Civil Veterinary Dept. Bombay admin report 1907-1913 - 1907-1913
Year: 1907
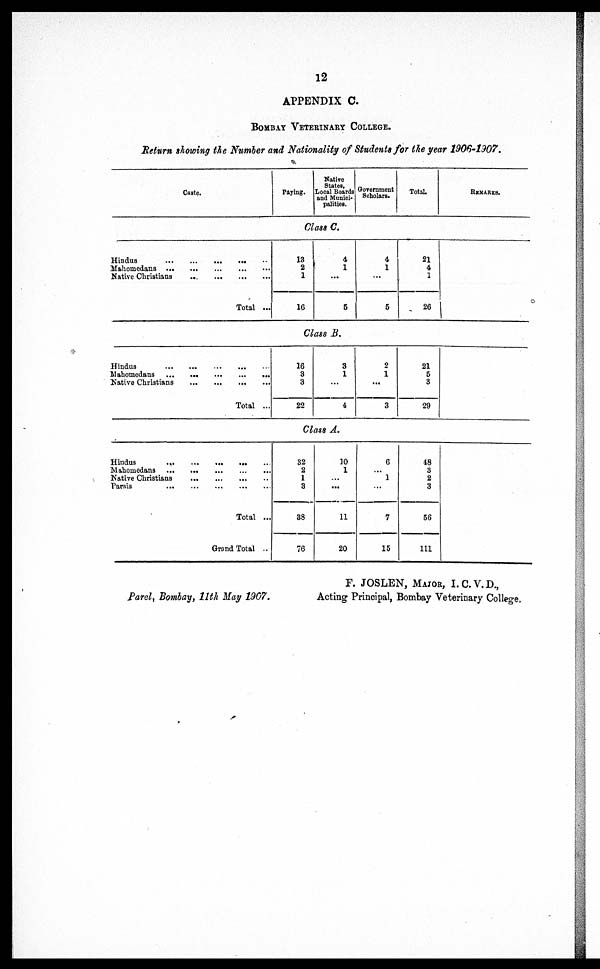
12
APPENDIX C.
BOMBAY VETERINARY COLLEGE.
Return showing the Number and Nationality of Students for the year 1906-1907.
Caste.
Paying.
Native
States,
Local Boards
and Munici-
palities.
Government
Scholars.
Total.
REMARKS.
Class C.
Hindus
...
...
...
...
...
Mahomedans
...
...
...
...
...
Native Christiana
...
...
...
...
Total ...
13
2
1
16
4
1
...
5
4
1
...
5
21
4
1
26
Class B.
Hindus
...
...
...
...
...
Mahomedans
...
...
...
...
...
Native Christians
...
...
...
...
...
Total ...
16
3
3
22
3
1
...
4
2
1
...
3
21
5
3
29
Class A.
Hindus
...
...
...
...
Mahomedans
...
...
...
...
...
Native Christians
...
...
...
...
Parsis
...
...
...
...
...
...
Total ...
Grand Total ..
32
2
1
3
38
76
10
1
...
...
11
20
6
... 1
...
7
15
48
3
2
3
56
111
Parel, Bombay, 11th May 1907.
F. JOSLEN, MAJOR, I.C.V.D.,
Acting Principal, Bombay Veterinary College.